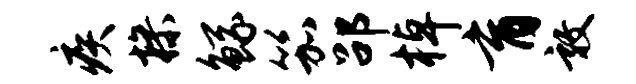
疾操鲧笳劭棹育敦